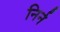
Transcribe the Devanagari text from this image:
निर्न